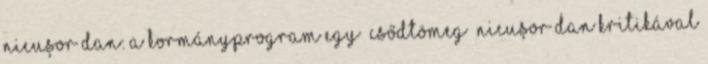
Nicuşor Dan: a kormányprogram egy „csődtömeg” Nicuşor Dan kritikával